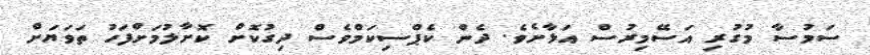
ސަމުސާ މުގުރި އަސޭމިރުސް އަޅާށެވެ. ދެން ކެޕްސިކަމްވެސް ދިގުކޮށް ކޮށާލުމަށްފަހު ތަވަޔަށް